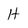
Character: H